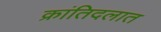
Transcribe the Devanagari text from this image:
क्रांतिदलात